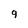
Character: 9